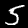
Label: 5